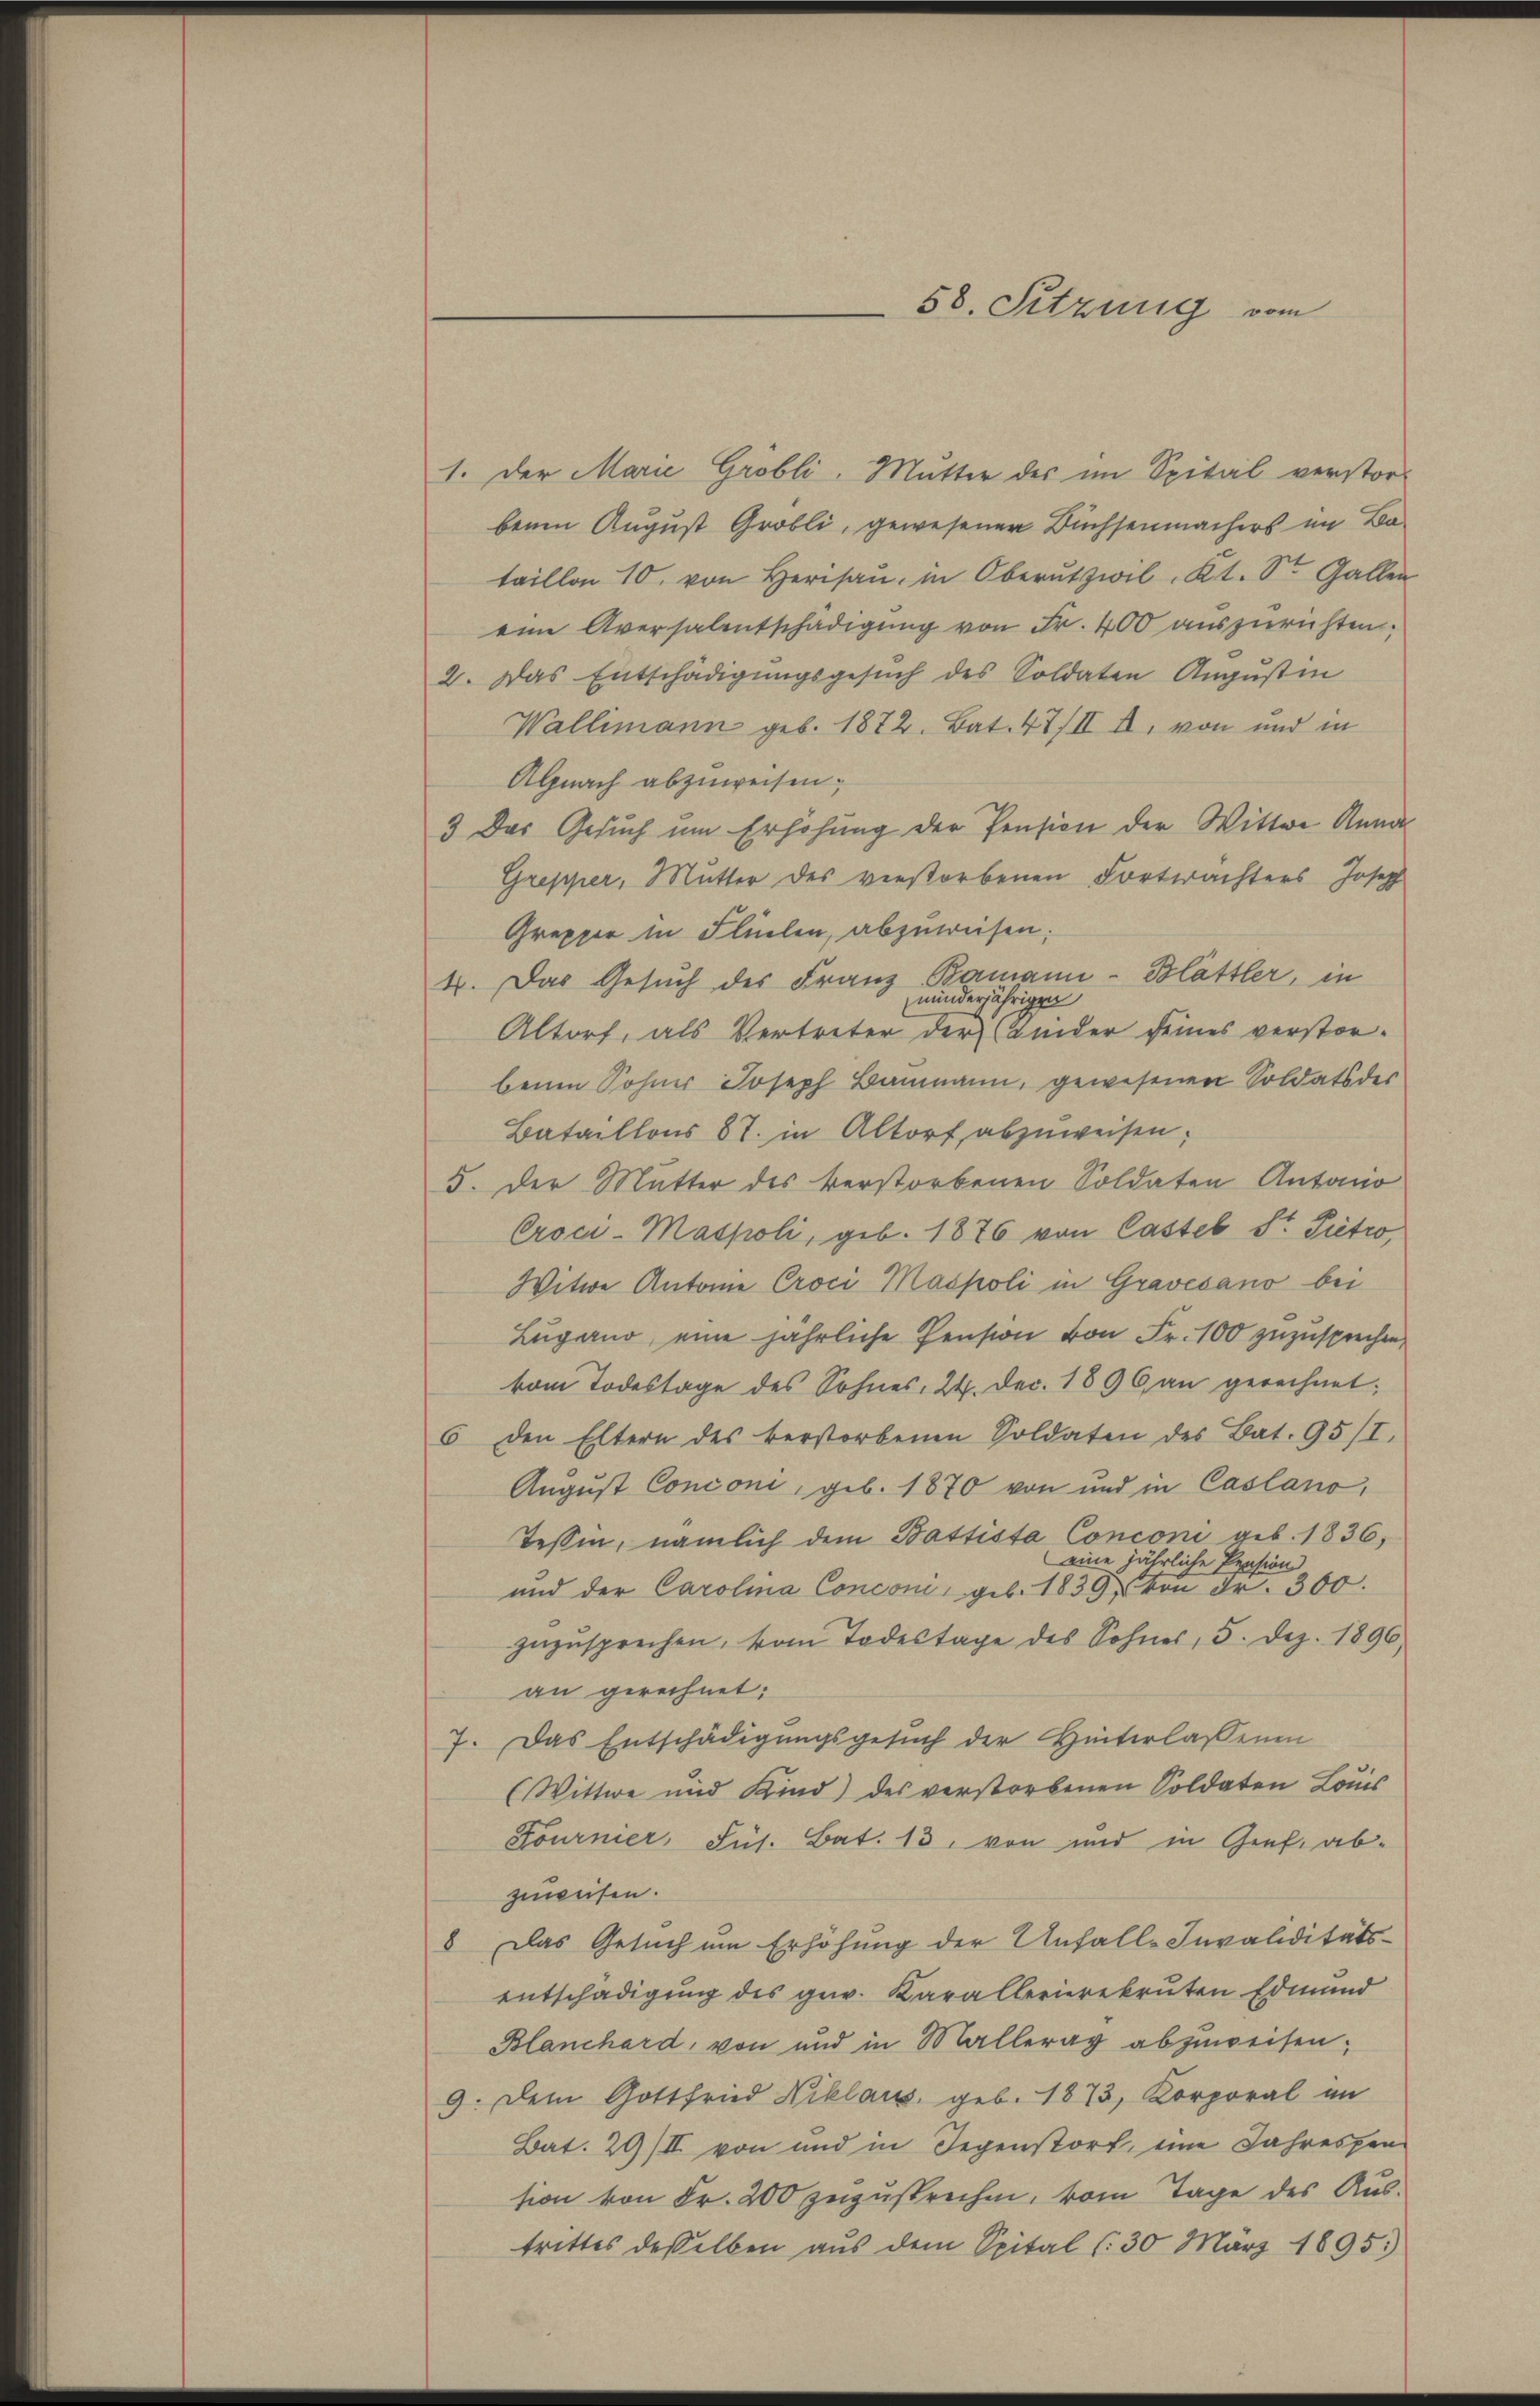
1. Der Marie Grobli, Mutter des im Spital verstor-
benen August Gröbli, gewesener Buchsenmachers im Bataillon 10. von Herisan, in Oberŭtzwil Kt. St. Gallen
eine Aversalentschädigŭng von Fr. 400 auszurichten.
2. Das Entschädigungsgesŭch des Soldaten Augustin
Wallimann geb. 1872. Bat. 47/II II, von und in
Alnach abzuweisen;
3 Das Gesuch um Erhöhung der Pension der Wittwe Anna
Grepper, Mutter des verstorbenen Fortwachters Josep
Grepper in Flüelen, abzuweisen.
4. Das Gesŭch des Franz Bamann-Blättler, in
minderjähr
n
Altorf, als Vertreter der Kinder seines verstor-
benen Sohner Joseph Baumann, gewesenen Soldats der
Bataillons 87. in Altorf abzuweisen.
5. Der Mutter des verstorbenen Soldaten Antonio
Croci-Maspoli, geb. 1876 von Casteb Sr. Pietro,
Witwe Antone Croci Maspoli in Gravesano bei
Lugano, eine jährliche Pension von Fr. 100 zuzusprechen,
vom Todestage des Sohnes, 24. Dec. 1896 an gerechnet:
6 den Eltern des verstorbenen Soldaten des Bat. 95/I.
August Conconi, geb. 1870 von und in Caslano,
Tessin, nämlich dem Battista Conconi geb. 1836,
eine jährliche Pension
und der Carolina Conconi, geb. 1859 von Fr. 300.
zuzusprechen, vom Todestage des Sohnes, 5. Dez. 1896,
an gerechnet:
7. Das Entschädigŭngsgesŭch der Hinterlassenen
(Wittwe und Kind) des verstorbenen Soldaten Louis
Fourner, Jus. Bat. 13, von und in Genf. abzuweisen.
8. Das Gesuch um Erhöhung der Unfall-Invaliditäts-
entschädigung des gew. Karallerierekruten Edmund
Blanchard, von und in Mallerag abzuweisen;
9. Dem Gottfried Niklaus geb. 1873, Korporal im
Bat. 29/II von und in Gegenstorf, eine Jahrespen-
sion von Fr. 200 zuzusprechen, vom Tage des Austrittes desselben aus dem Spital (30 März 1895.)

58. Sitzung vom